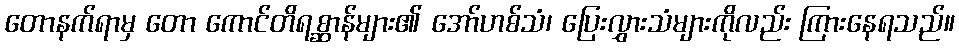
တောနက်ရာမှ တော ကောင်တိရစ္ဆာန်များ၏ အော်ဟစ်သံ၊ ပြေးလွှားသံများကိုလည်း ကြားနေရသည်။